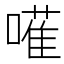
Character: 𠿅